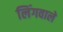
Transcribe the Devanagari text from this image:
लिंगवाले